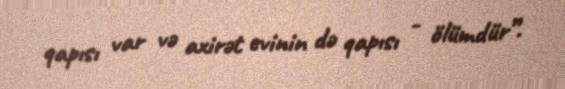
qapısı var və axirət evinin də qapısı - ölümdür”.